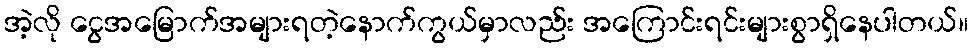
အဲ့လို ငွေအမြောက်အများရတဲ့နောက်ကွယ်မှာလည်း အကြောင်းရင်းများစွာရှိနေပါတယ်။